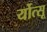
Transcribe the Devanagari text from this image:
र्योत्सू